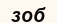
зоб